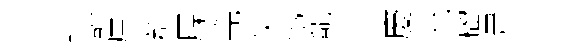
噴豁㢘群屧筦矢偽寵津慶淹籕暈